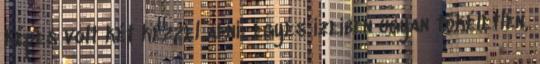
képes volt két kézzel adni: egyes ízeiben ugyan tökéletlen,